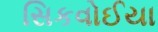
સિકવોઈયા